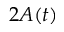
2 A ( t )